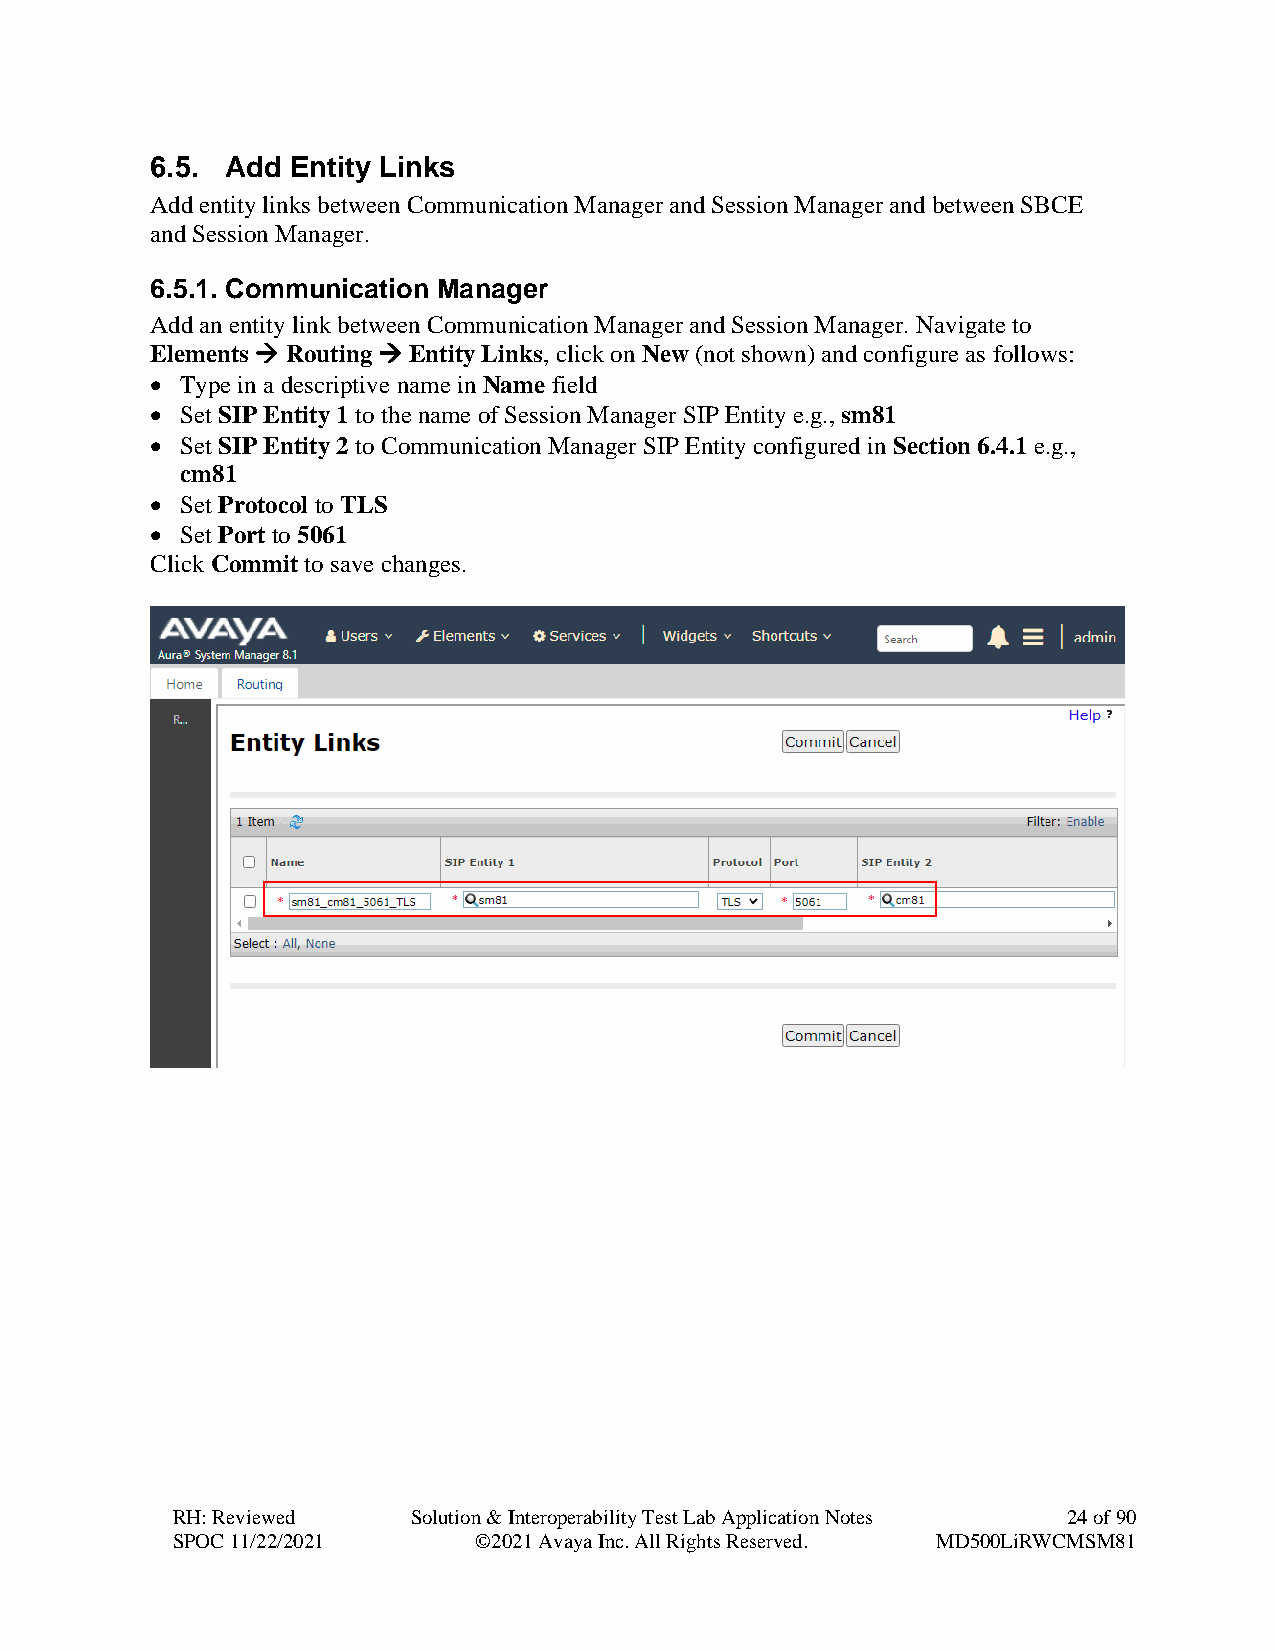
6.5. Add Entity Links
 Add entity links between Communication Manager and Session Manager and between SBCE
 and Session Manager.
 6.5.1. Communication Manager
 Add an entity link between Communication Manager and Session Manager. Navigate to
 Elements → Routing → Entity Links, click on New (not shown) and configure as follows:
 • Type in a descriptive name in Name field
 • Set SIP Entity 1 to the name of Session Manager SIP Entity e.g., sm81
 • Set SIP Entity 2 to Communication Manager SIP Entity configured in Section 6.4.1 e.g.,
 cm81
 • Set Protocol to TLS
 • Set Port to 5061
 Click Commit to save changes.
 RH: Reviewed    Solution & Interoperability Test Lab Application Notes 24 of 90
 SPOC 11/22/2021     ©2021 Avaya Inc. All Rights Reserved. MD500LiRWCMSM81